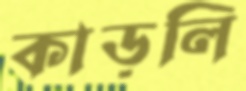
কাড়লি